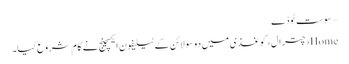
– سوست ٹوڈے
Home›چترال›کوغذی میں دو سو لائن کے ٹیلیفون ایکسچینج نے کا م شروع کیا۔